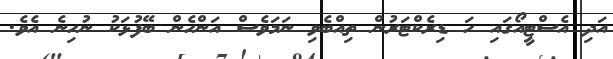
އަދި އެސްޓީއޯގައި ހަ ޑިރެކްޓަރުން ތިއްބެވި ނަމަވެސް އަންހެން ބޭފުޅަކު ނުހިނެ އެވެ.